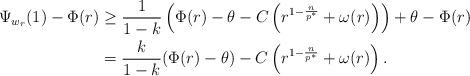
LaTeX: \begin{align*} \Psi_{w_r}(1)-\Phi(r)&\geq \frac{1}{1-k}\left(\Phi(r)-\theta-C\left(r^{1-\frac{n}{p^*}}+\omega(r)\right)\right) + \theta - \Phi(r) \\ &= \frac{k}{1-k} (\Phi(r)-\theta)- C\left(r^{1-\frac{n}{p^*}}+\omega(r)\right). \end{align*}